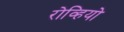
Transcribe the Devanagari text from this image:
रोव्हियो